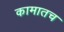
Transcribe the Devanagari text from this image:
कामातच